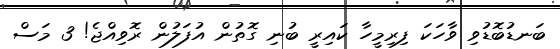
ބަނޑުބޮޑުވި ވާހަކަ ފިރިމީހާ ކައިރީ ބުނި ގޮތުން އުފަލުން ރޮވިއްޖެ! 3 މަސް